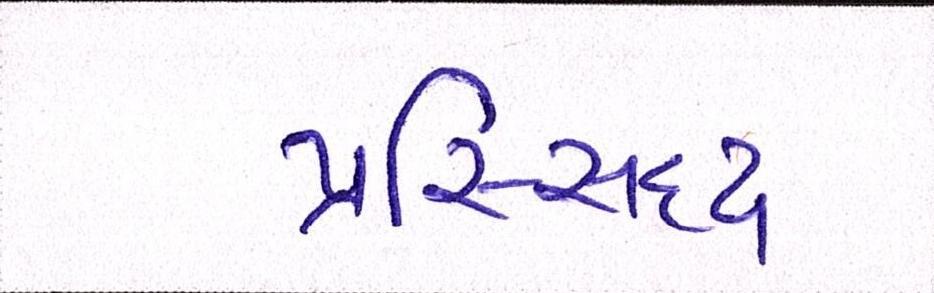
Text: પ્રસ્સિદ્ધ